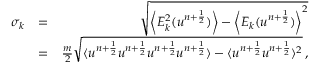
\begin{array} { r l r } { \sigma _ { k } } & { = } & { \sqrt { \left\langle E _ { k } ^ { 2 } ( u ^ { n + \frac { 1 } { 2 } } ) \right\rangle - \left\langle E _ { k } ( u ^ { n + \frac { 1 } { 2 } } ) \right\rangle ^ { 2 } } } \\ & { = } & { \frac { m } { 2 } \sqrt { \langle u ^ { n + \frac { 1 } { 2 } } u ^ { n + \frac { 1 } { 2 } } u ^ { n + \frac { 1 } { 2 } } u ^ { n + \frac { 1 } { 2 } } \rangle - \langle u ^ { n + \frac { 1 } { 2 } } u ^ { n + \frac { 1 } { 2 } } \rangle ^ { 2 } } \, , } \end{array}